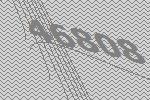
46808